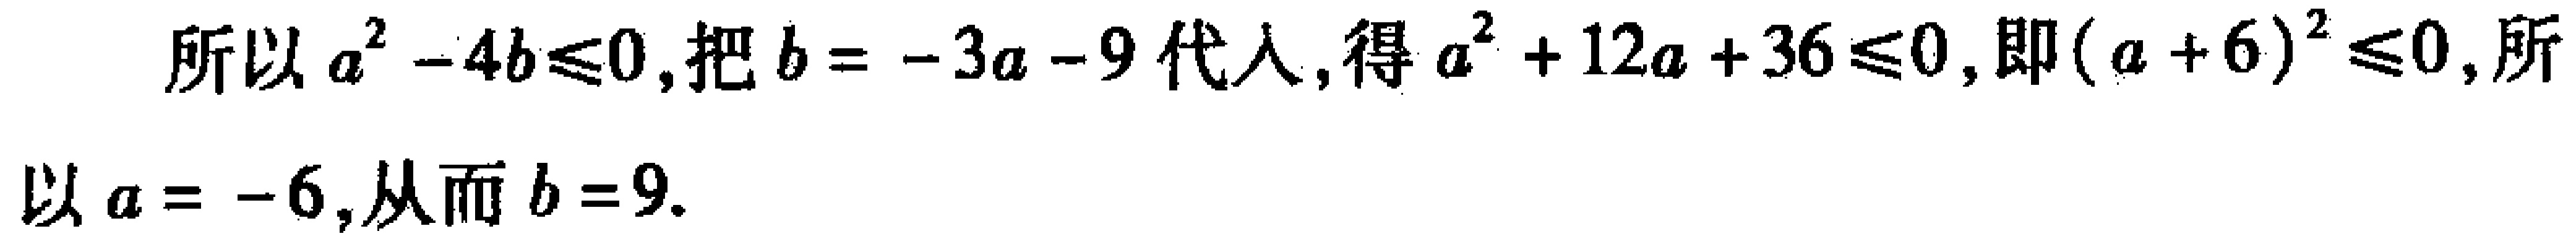
所以\(a^{2}-4b\leqslant0\),把\(b = -3a - 9\)代入,得\(a^{2}+12a + 36\leqslant0\),即\((a + 6)^{2}\leqslant0\),所以\(a = -6\),从而\(b = 9\).